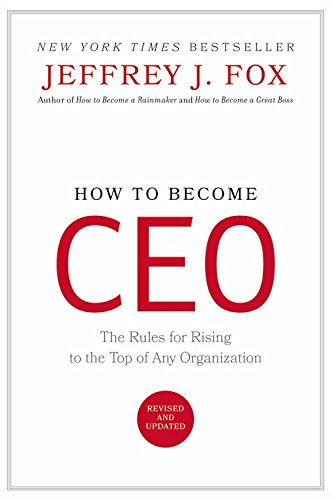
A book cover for How to Become CEO: The Rules for Rising to the Top of Any Organization; Jeffrey J. Fox; Business & Money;